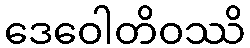
ဒေဝေါတိဝဿိ